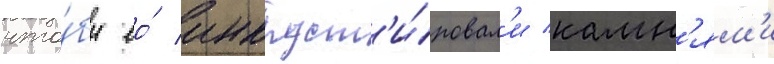
что́бы ео́ инкруст'и́ровал'и камн'ям'и